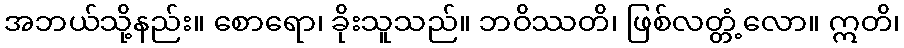
အဘယ်သို့နည်း။ စောရော၊ ခိုးသူသည်။ ဘဝိဿတိ၊ ဖြစ်လတ္တံ့လော။ ဣတိ၊